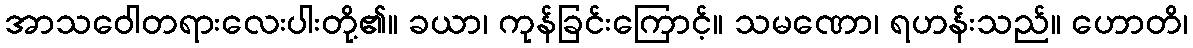
အာသဝေါတရားလေးပါးတို့၏။ ခယာ၊ ကုန်ခြင်းကြောင့်။ သမဏော၊ ရဟန်းသည်။ ဟောတိ၊